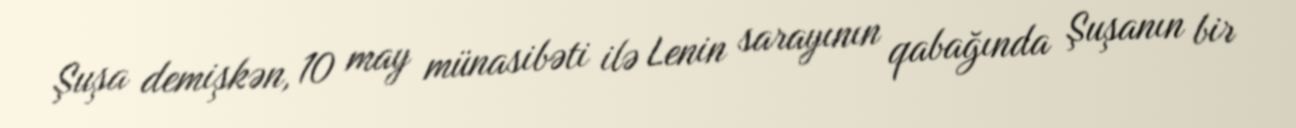
Şuşa demişkən, 10 may münasibəti ilə Lenin sarayının qabağında Şuşanın bir